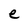
Character: e